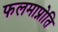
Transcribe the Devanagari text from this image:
फलमाप्नोति